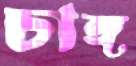
চাঙ্গ